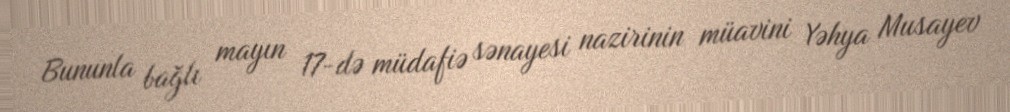
Bununla bağlı mayın 17-də müdafiə sənayesi nazirinin müavini Yəhya Musayev